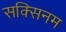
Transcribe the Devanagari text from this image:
सक्सिनम